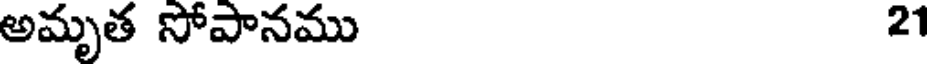
అమృత సోపానము 21